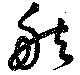
舷